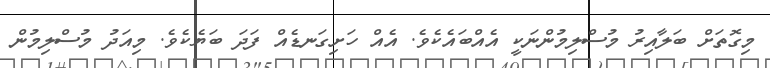
މިގޮތަށް ބަލާއިރު މުސްލިމުންނަކީ އެއްބައެކެވެ. އެއް ހަށިގަނޑެއް ފަދަ ބަޔެކެވެ. މިއަދު މުސްލިމުން